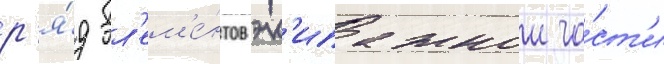
р'я́д эл'ем'е́нтов эк'ипажнои ча́ст'и